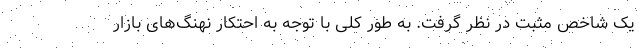
یک شاخص مثبت در نظر گرفت. به طور کلی با توجه به احتکار نهنگ‌های بازار